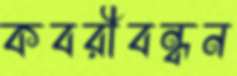
কবরীবন্ধন